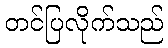
တင်ပြလိုက်သည်